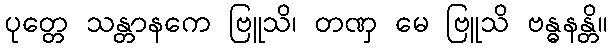
ပုတ္တေ သန္တာနကေ ဗြူသိ၊ တဏှ မေ ဗြူသိ ဗန္ဓနန္တိ။